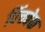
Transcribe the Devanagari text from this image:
पिंचबेक